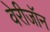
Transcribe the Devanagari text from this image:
वेरीजॉन